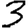
Digit: 3